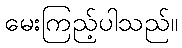
မေးကြည့်ပါသည်။